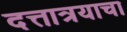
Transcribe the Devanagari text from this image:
दत्तात्रयाचा